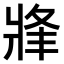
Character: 𤖀